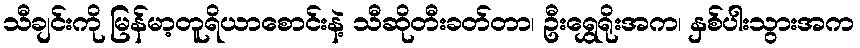
သီချင်းကို မြန်မာ့တူရိယာစောင်းနဲ့ သီဆိုတီးခတ်တာ၊ ဦးရွှေရိုးအက၊ နှစ်ပါးသွားအက